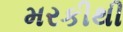
મરકીથી